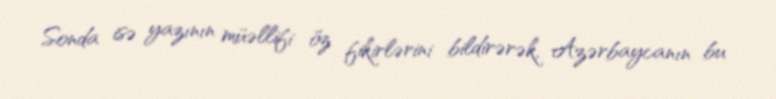
Sonda isə yazının müəllifi öz fikirlərini bildirərək, Azərbaycanın bu